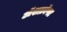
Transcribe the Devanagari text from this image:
अॅशक्रॉफ्ट